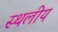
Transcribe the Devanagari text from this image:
स्‍थलीय